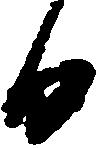
日